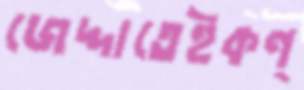
জেদ্দাতেইকণ্